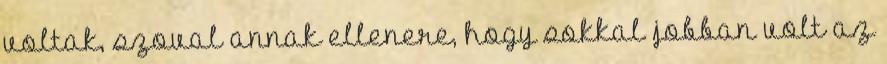
voltak, szoval annak ellenere, hogy sokkal jobban volt az